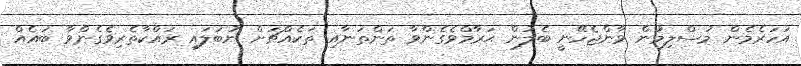
އަހަރެމެން މުސްލިމުން ވާންޖެހޭނީ ބެލުން ޙަރާމްވެގެންވާ ތަންތަނާއި ތަކެއްޗަށް ނުބަލައި ރައްކާތެރިވެގެންވާ ބައެއް